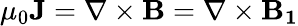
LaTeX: \mu_{0}{\mathbf{J}}=\nabla\times{\mathbf{B}}=\nabla\times{\mathbf{B_{1}}}